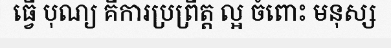
ធ្វើ បុណ្យ គឹការប្រព្រឹត្ត ល្អ ចំពោះ មនុស្ស